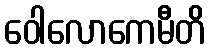
ဝေါလောကေမီတိ